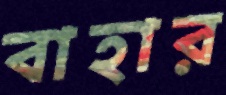
বাহার